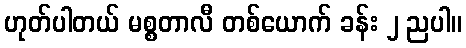
ဟုတ်ပါတယ် မစ္စတာလီ တစ်ယောက် ခန်း ၂ ညပါ။